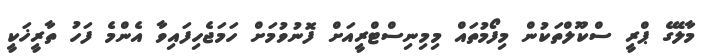
މާލޭގެ ޕްރީ ސްކޫލްތަކުން މިފޯމުތައް މިމިނިސްޓްރީއަށް ފޮނުވުމަށް ހަމަޖެހިފައިވާ އެންމެ ފަހު ތާރީޚަކީ